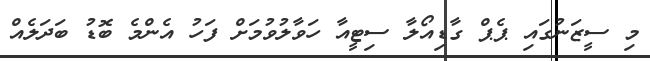
މި ސީޒަނުގައި ޕެޕް ގާޑިއޯލާ ސިޓީއާ ހަވާލުވުމަށް ފަހު އެންމެ ބޮޑު ބަދަލެއް